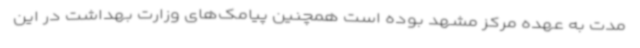
مدت به عهده مرکز مشهد بوده است همچنین پیامک‌های وزارت بهداشت در این